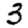
Digit: 3